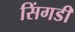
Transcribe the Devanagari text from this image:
सिंगडी